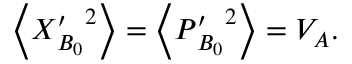
\left\langle X { { _ { B _ { 0 } } ^ { \prime } } ^ { 2 } } \right\rangle = \left\langle P { { _ { B _ { 0 } } ^ { \prime } } ^ { 2 } } \right\rangle = V _ { A } .